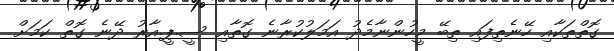
ގޮތްތަކާއި ހޭނެތިފައި ތިބޭ މީހުންނާމެދު އަމަލުކުރާނެ ގޮތާއި ސީ.ޕީ.އާރު ދޭނެ ގޮތް ކަމަށް